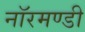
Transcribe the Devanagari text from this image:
नॉरमण्डी